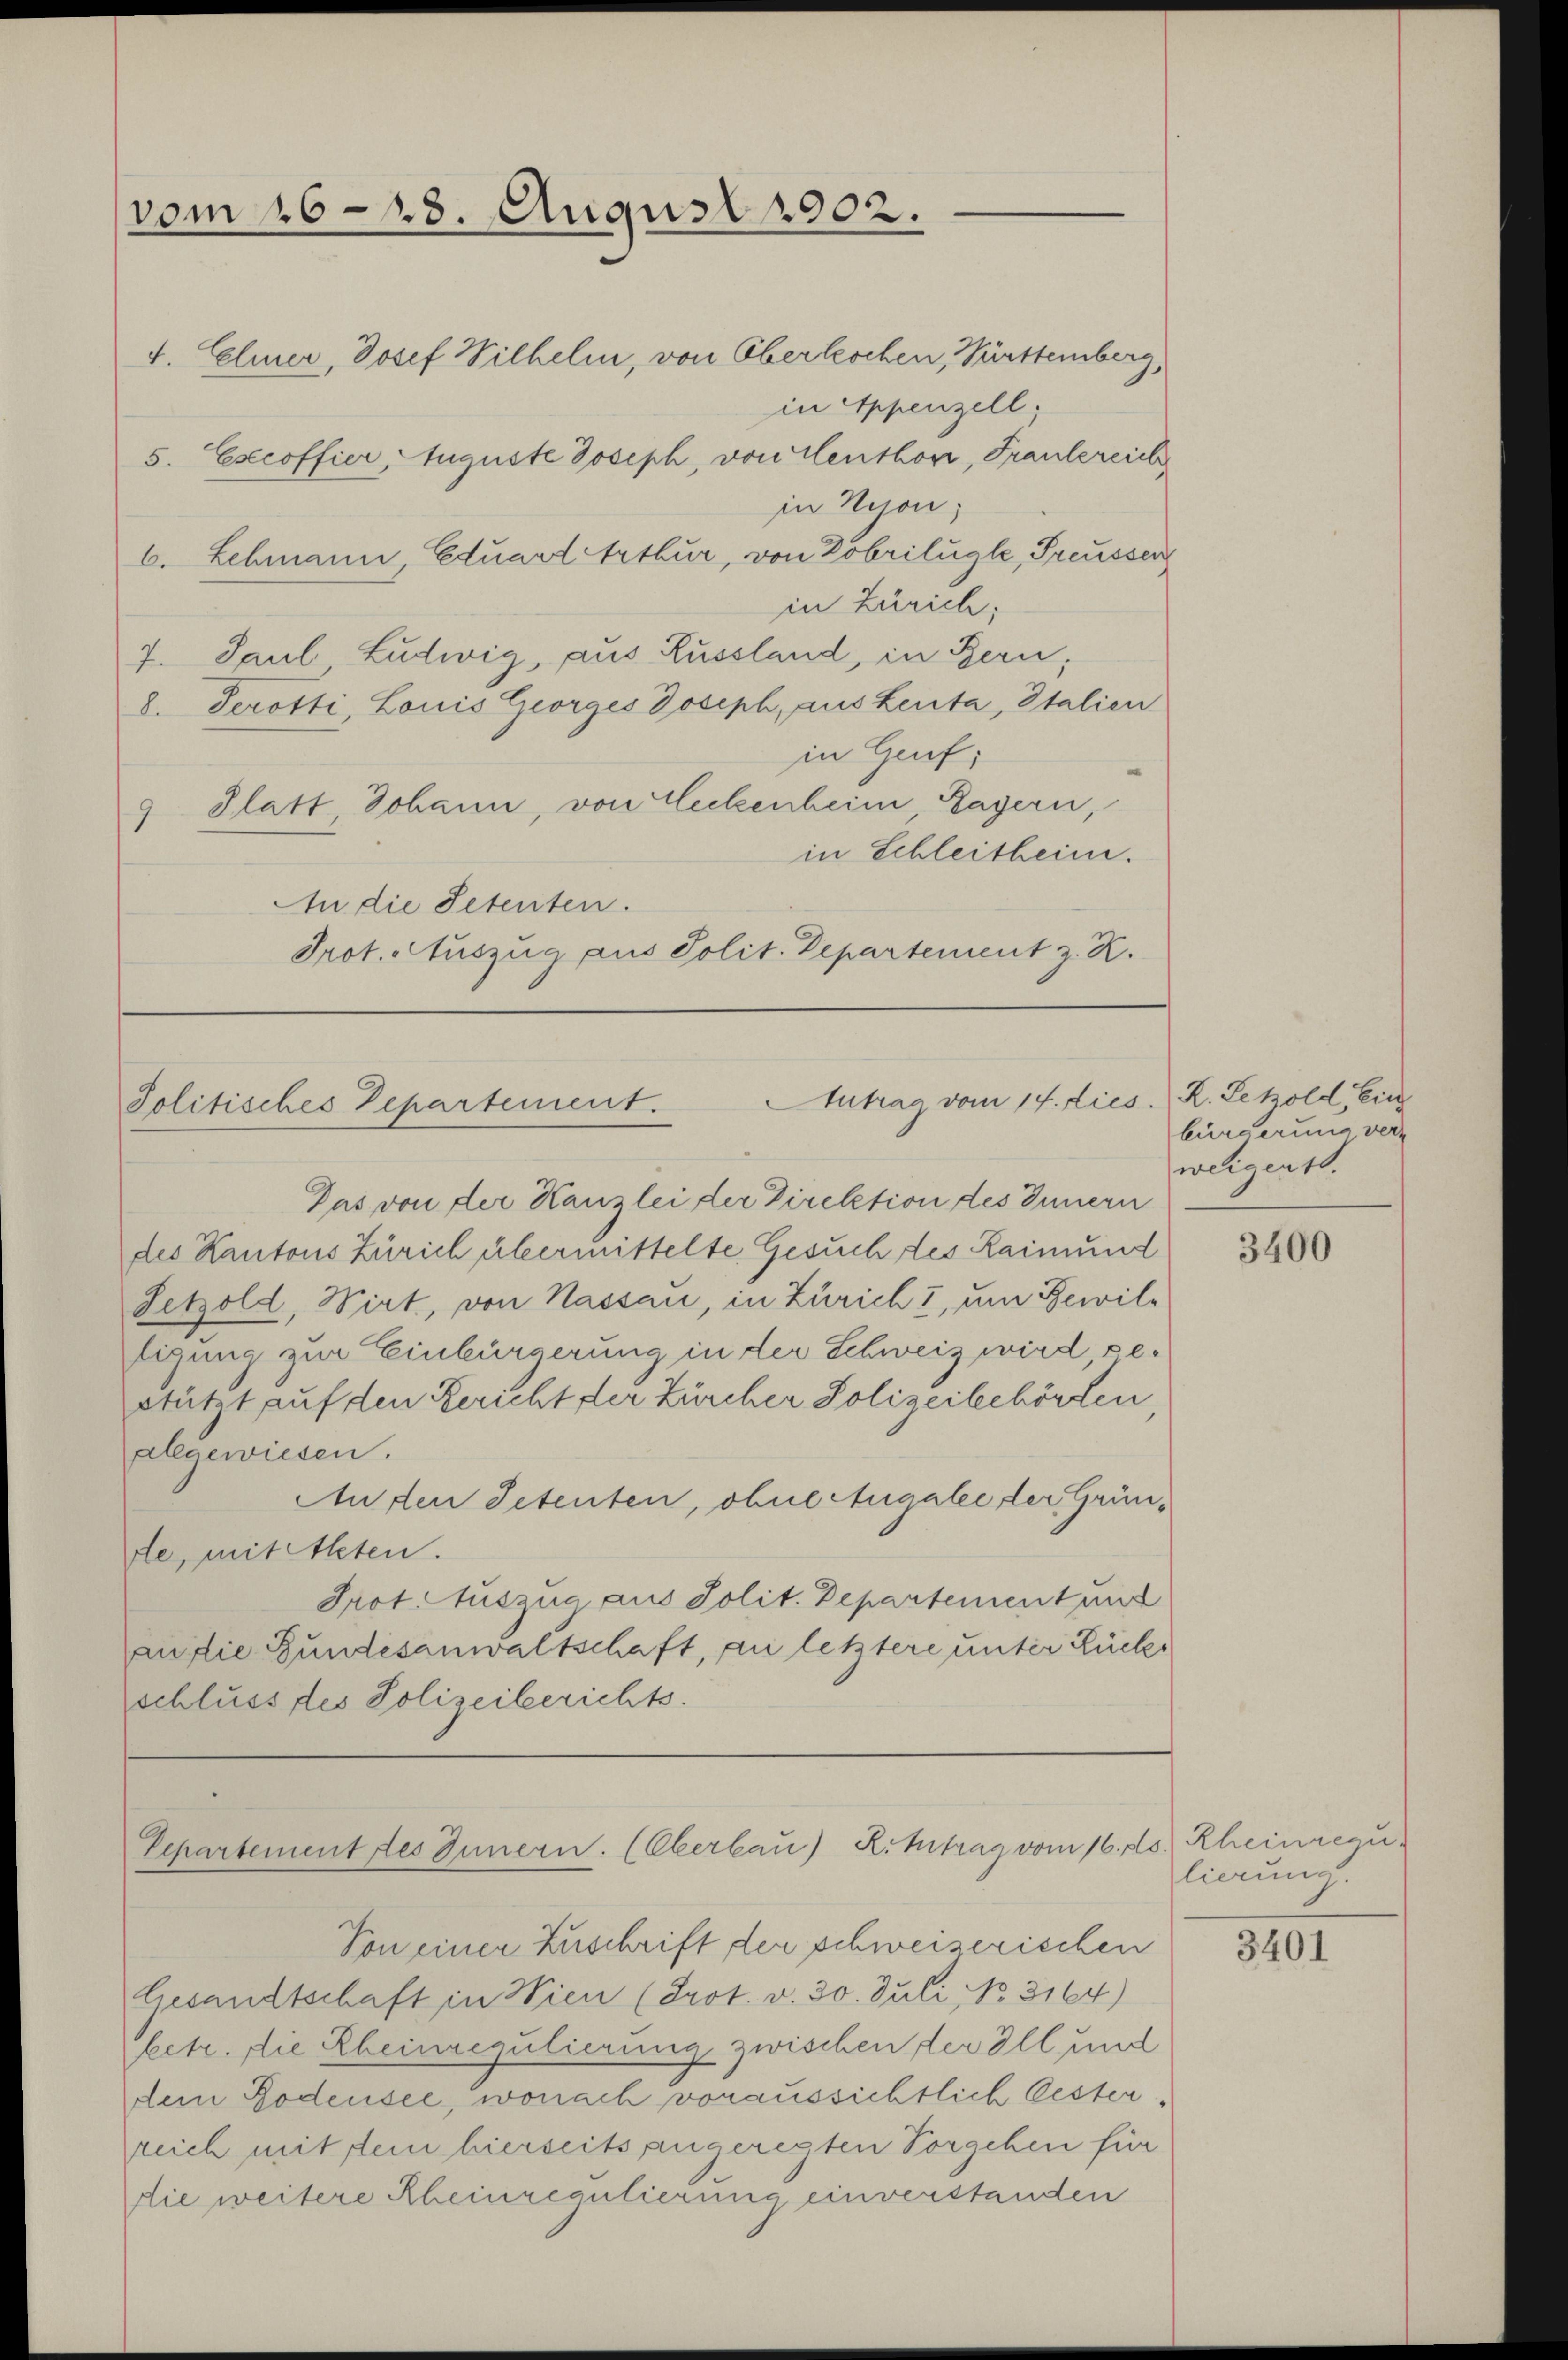
vom 168. August 1902.
F. Elmer, Josef Wilhelm, von Oberkochen, Württemberg,
in Appenzell
5. Excoffier, Auguste Joseph, von Centhon, Frantereich

6. Lehmann, Eduard Arthur, von Zobrilügle, Preusser
7. Paul Ludwig, aus Russland, in Bern,
8. Perotti, Louis Georges Joseph, aus Leuta, Italien
in Genf;
9 Glatt Johann, von Eckenheim Lagern,
in Schleitheim.
An die Petenten.
Prot. Auszug aus Polit. Departement z. R.

in Neion;
in Zürich;

Antrag vom 14. dies. R. Letzold, Ein
Jolitisches Departement.

Das von der Kanzlei der Direktion des Innern
des Kantons Zürich übermittelte Gesuch des Raimund
Setzold, Wirt, von Nassau, in Züricht, um Bewilligung zur Einbürgerung in der Schweiz wird ge-
stützt auf den Bericht der Zürcher Polizeibehörten
Separtement des Innern. (Oberbau) R. Mitrag vom 16. ds. Rheinregu
Von einer Zuschrift der schweizerischen
Gesandtschaft in Wien (Prot. v. 30. Juli NNo. 3164)
betr. die Rheinregulierung zwischen der Ill und
dem Bodensee, wonach voraussichtlich besterreich mit dein hierseits angeregten Vorgehen für
die weitere Rheinregulierung einverstanden

bürgerung verz
weigent.

abgewiesen.
Auden Petenten, ohne Augalee der Gründe, mit Alten.
Prot. Auszug aus Polit. Departement und
an die Bundesanwaltschaft, zu letztere unter Rücks
schluss des Polizeiberichts.

3400

lierung.

3401